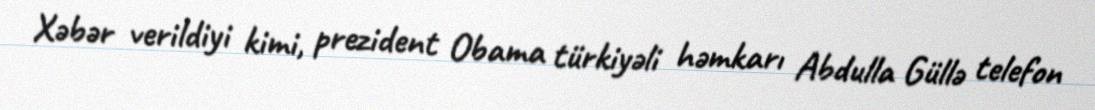
Xəbər verildiyi kimi, prezident Obama türkiyəli həmkarı Abdulla Güllə telefon